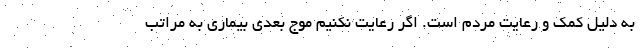
به دلیل کمک و رعایت مردم است. اگر رعایت نکنیم موج بعدی بیماری به مراتب